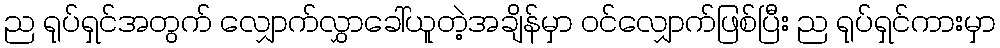
ည ရုပ်ရှင်အတွက် လျှောက်လွှာခေါ်ယူတဲ့အချိန်မှာ ဝင်လျှောက်ဖြစ်ပြီး ည ရုပ်ရှင်ကားမှာ